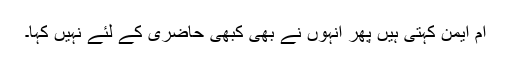
ام ایمنؓ کہتی ہیں پھر انہوں نے بھی کبھی حاضری کے لئے نہیں کہا۔